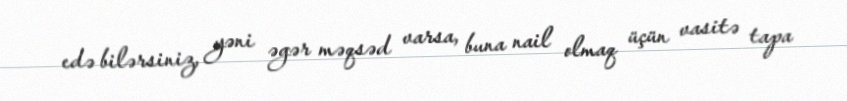
edə bilərsiniz, yəni əgər məqsəd varsa, buna nail olmaq üçün vasitə tapa